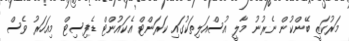
މަރުކަޒީ ބޭންކުން ނެރުނު މާލީ އުސްއަލިތަކުގައި ކަރަންޓް އެކައުންޓް ޑެފިސިޓް މިއަހަރު ވެސް